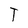
Character: T